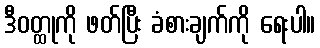
ဒီဝတ္ထုကို ဖတ်ပြီး ခံစားချက်ကို ရေးပါ။